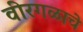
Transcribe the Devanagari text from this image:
वीरगळाचे